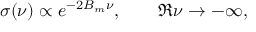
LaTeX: \sigma ( \nu ) \propto e ^ { - 2 B _ { m } \nu } , \qquad \Re \nu \to - \infty ,